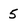
Character: 5